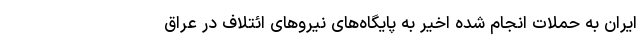
ایران به حملات انجام شده اخیر به پایگاه‌های نیروهای ائتلاف در عراق